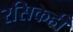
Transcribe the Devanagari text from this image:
रसिकही